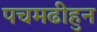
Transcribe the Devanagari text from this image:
पचमढीहुन